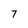
Character: 7